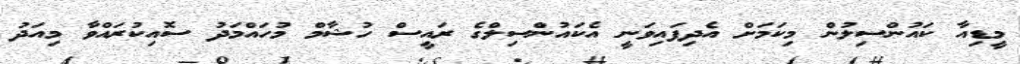
މީޑިއާ ކައުންސިލުން މިކަމަށް އެދިފައިވަނީ އެކައުންސިލްގެ ރައީސް ހުޝާމް މުހައްމަދު ސޮއިކުރައްވާ މިއަދު